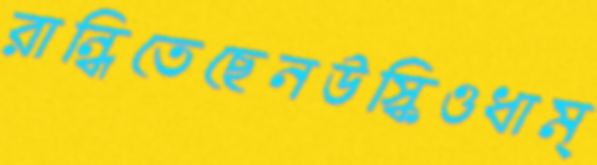
রান্ধিতেছেনউস্‌কিওধাম্